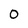
Character: 0